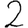
Digit: 2